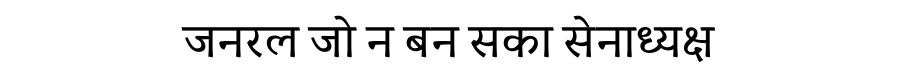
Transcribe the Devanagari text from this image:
जनरल जो न बन सका सेनाध्यक्ष